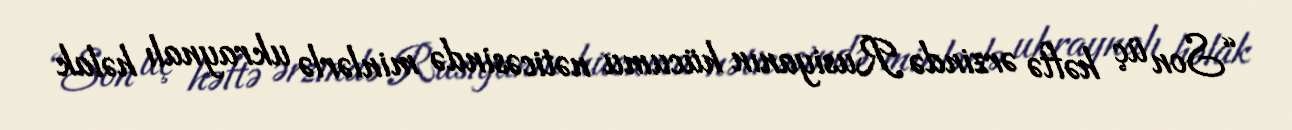
“Son üç həftə ərzində Rusiyanın hücumu nəticəsində minlərlə ukraynalı həlak